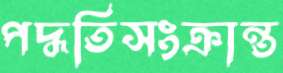
পদ্ধতিসংক্রান্ত